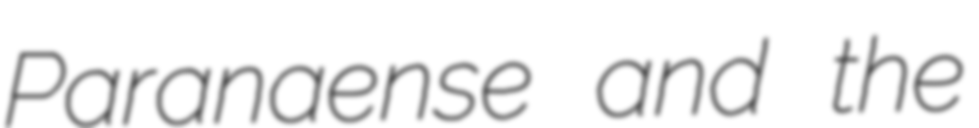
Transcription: Paranaense and the